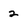
Character: 2